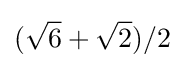
({\sqrt {6}}+{\sqrt {2}})/2